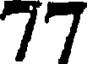
77